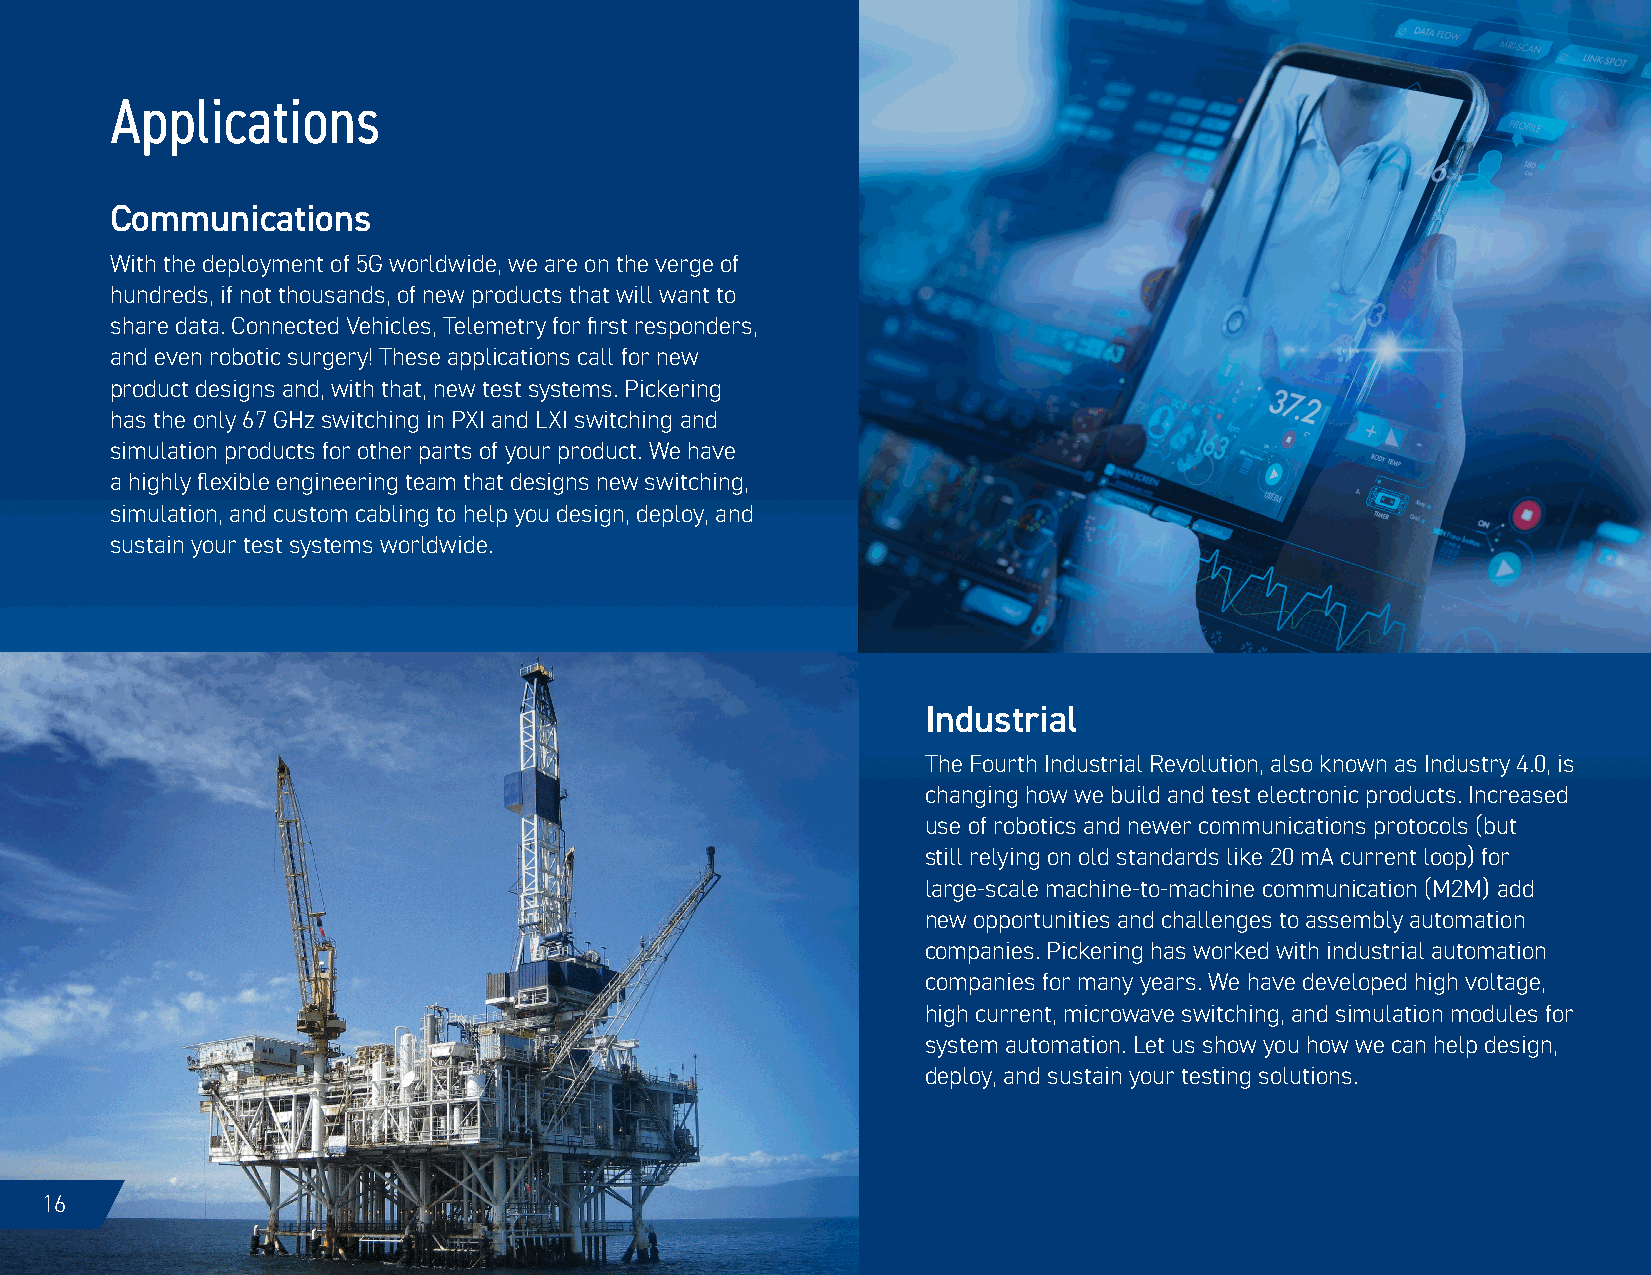
Applications
 Communications
 With the deployment of 5G worldwide, we are on the verge of
 hundreds, if not thousands, of new products that will want to
 share data. Connected Vehicles, Telemetry for first responders,
 and even robotic surgery! These applications call for new
 product designs and, with that, new test systems. Pickering
 has the only 67 GHz switching in PXI and LXI switching and
 simulation products for other parts of your product. We have
 a highly flexible engineering team that designs new switching,
 simulation, and custom cabling to help you design, deploy, and
 sustain your test systems worldwide.
 Industrial
 The Fourth Industrial Revolution, also known as Industry 4.0, is
 changing how we build and test electronic products. Increased
 use of robotics and newer communications protocols (but
 still relying on old standards like 20 mA current loop) for
 large-scale machine-to-machine communication (M2M) add
 new opportunities and challenges to assembly automation
 companies. Pickering has worked with industrial automation
 companies for many years. We have developed high voltage,
 high current, microwave switching, and simulation modules for
 system automation. Let us show you how we can help design,
 deploy, and sustain your testing solutions.
 16